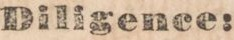
Diligence: